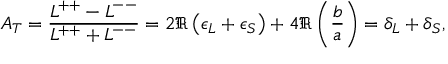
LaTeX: A _ { T } = \frac { L ^ { + + } - L ^ { -- } } { L ^ { + + } + L ^ { -- } } = 2 \Re \left( \epsilon _ { L } + \epsilon _ { S } \right) + 4 \Re \left( \frac { b } { a } \right) = \delta _ { L } + \delta _ { S } ,